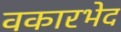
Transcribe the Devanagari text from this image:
वकारभेद